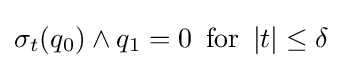
\sigma _{t}(q_{0})\wedge q_{1}=0\,\,\,\mathrm {for} \,\,\,|t|\leq \delta